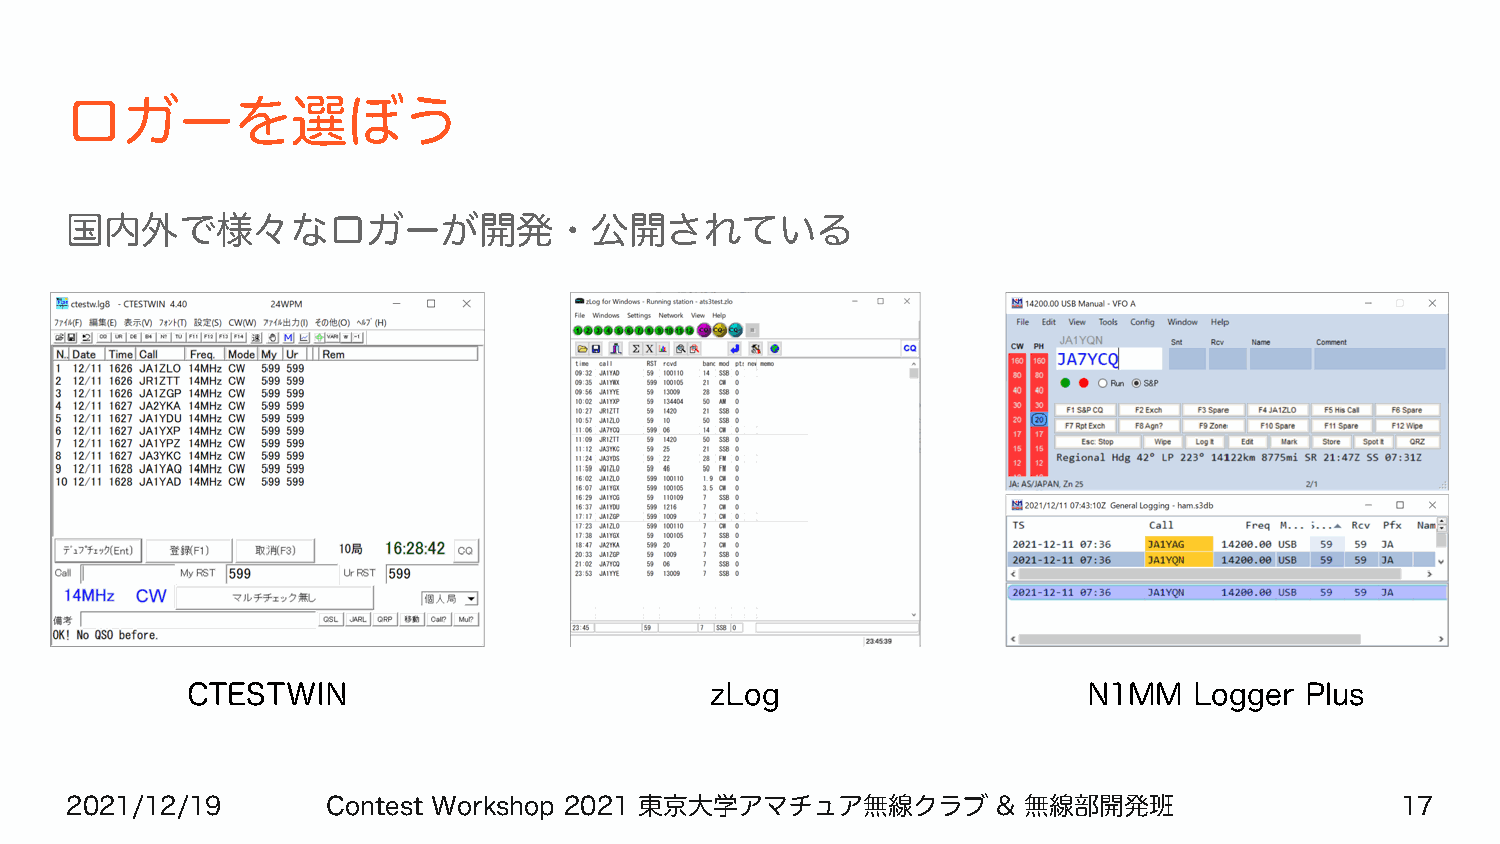
ロガーを選ぼう
 国内外で様々なロガーが開発・公開されている
 CTESTWIN                           zLog                     N1MM   Logger Plus
 2021/12/19        Contest Workshop 2021 東京大学アマチュア無線クラブ        & 無線部開発班                   17